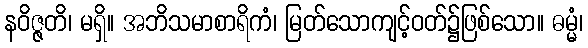
နဝိဇ္ဇတိ၊ မရှိ။ အဘိသမာစာရိကံ၊ မြတ်သောကျင့်ဝတ်၌ဖြစ်သော။ ဓမ္မံ၊